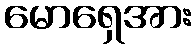
မောရှေအား